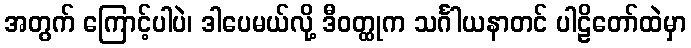
အတွက် ကြောင့်ပါပဲ၊ ဒါပေမယ်လို့ ဒီဝတ္ထုက သင်္ဂါယနာတင် ပါဠိတော်ထဲမှာ